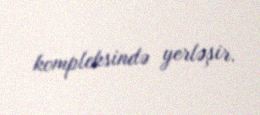
kompleksində yerləşir.